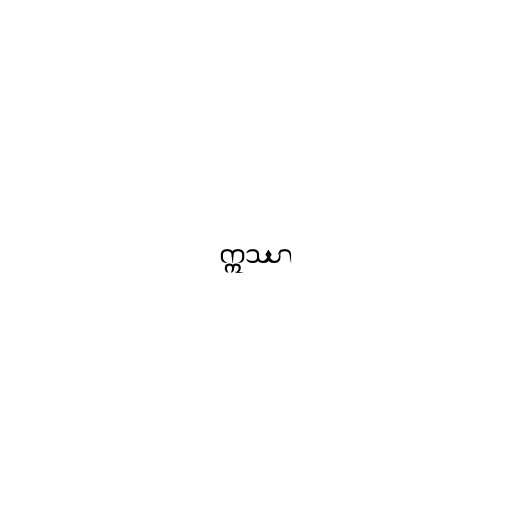
ဣဿာ